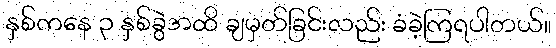
နှစ်ကနေ ၃ နှစ်ခွဲအထိ ချမှတ်ခြင်းလည်း ခံခဲ့ကြရပါတယ်။